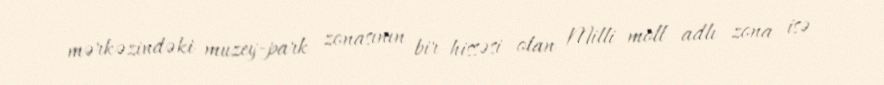
mərkəzindəki muzey-park zonasının bir hissəsi olan Milli moll adlı zona isə